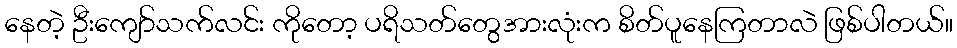
နေတဲ့ ဦးကျော်သက်လင်း ကိုတော့ ပရိသတ်တွေအားလုံးက စိတ်ပူနေကြတာလဲ ဖြစ်ပါတယ်။